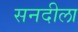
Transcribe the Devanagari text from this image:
सनदीला